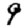
Digit: 9